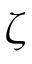
\zeta